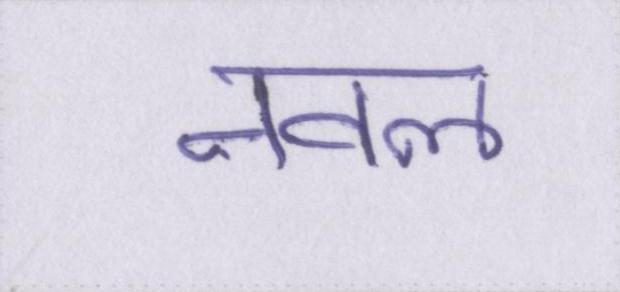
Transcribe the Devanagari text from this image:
नवल